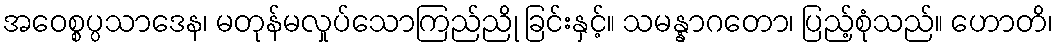
အဝေစ္စပ္ပသာဒေန၊ မတုန်မလှုပ်သောကြည်ညို ခြင်းနှင့်။ သမန္နာဂတော၊ ပြည့်စုံသည်။ ဟောတိ၊